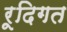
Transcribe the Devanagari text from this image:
रूदिगत